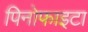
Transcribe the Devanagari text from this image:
पिनोफाइटा